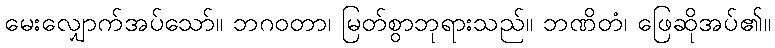
မေးလျှောက်အပ်သော်။ ဘဂဝတာ၊ မြတ်စွာဘုရားသည်။ ဘဏိတံ၊ ဖြေဆိုအပ်၏။